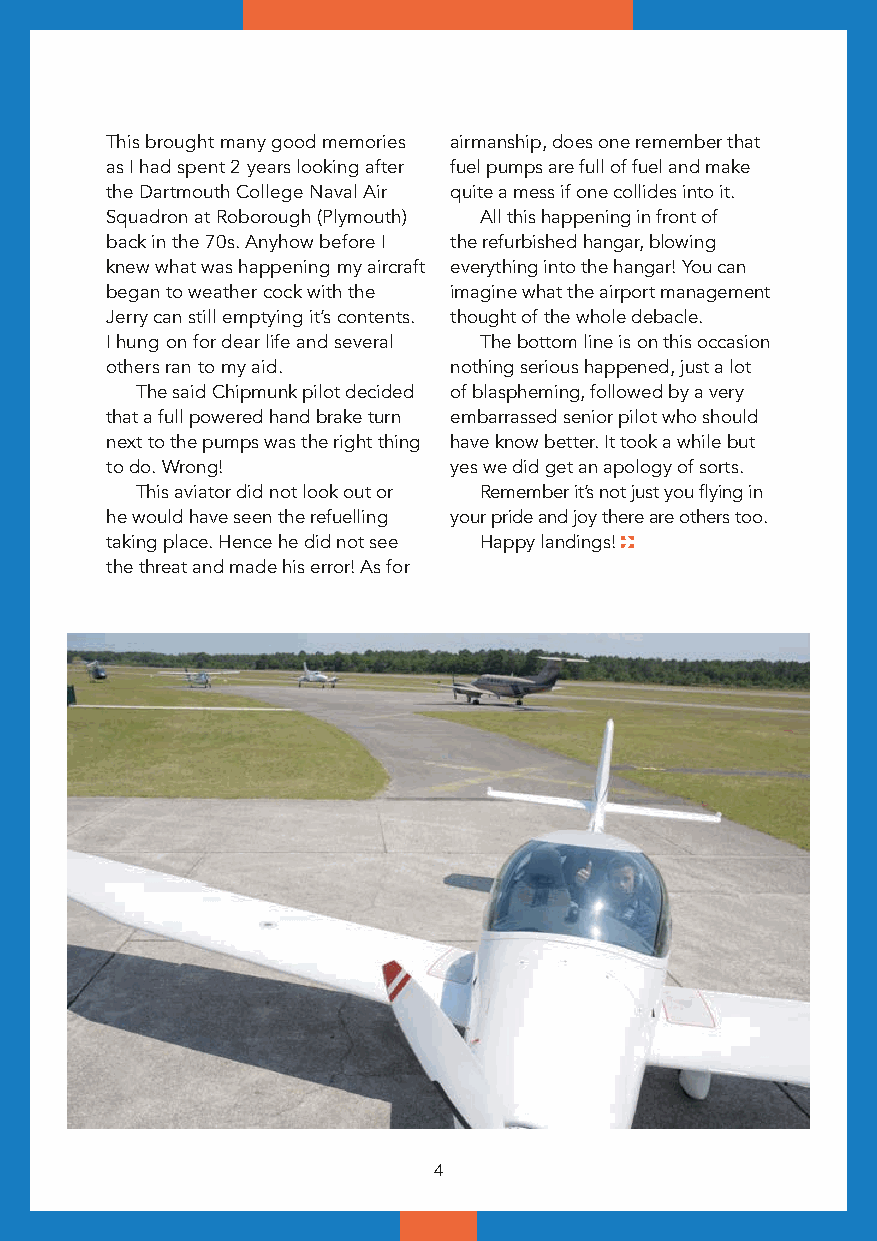
This brought many good memories airmanship, does one remember that
 as I had spent 2 years looking after fuel pumps are full of fuel and make
 the Dartmouth College Naval Air quite a mess if one collides into it.
 Squadron at Roborough (Plymouth) All this happening in front of
 back in the 70s. Anyhow before I the refurbished hangar, blowing
 knew what was happening my aircraft everything into the hangar! You can
 began to weather cock with the imagine what the airport management
 Jerry can still emptying it’s contents. thought of the whole debacle.
 I hung on for dear life and several The bottom line is on this occasion
 others ran to my aid.  nothing serious happened, just a lot
 The said Chipmunk pilot decided of blaspheming, followed by a very
 that a full powered hand brake turn embarrassed senior pilot who should
 next to the pumps was the right thing have know better. It took a while but
 to do. Wrong!          yes we did get an apology of sorts.
 This aviator did not look out or Remember it’s not just you flying in
 he would have seen the refuelling your pride and joy there are others too.
 taking place. Hence he did not see Happy landings!
 the threat and made his error! As for
 4